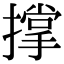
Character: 撑